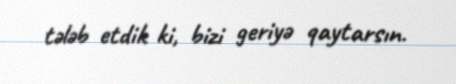
tələb etdik ki, bizi geriyə qaytarsın.